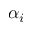
\alpha _ { i }